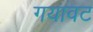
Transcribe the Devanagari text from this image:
गयावट